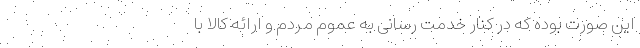
این صورت بوده که در کنار خدمت رسانی به عموم مردم و ارائه کالا با